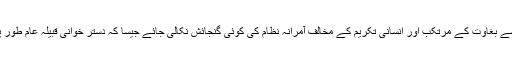
یاد رہے کہ جمہوریت کی اس شکل پر گفتگو کا یہ مطلب ہر گز نہیں کہ انسانی شعور سے بغاوت کے مرتکب اور انسانی تکریم کے مخالف آمرانہ نظام کی کوئی گنجائش نکالی جائے جیسا کہ دستر خوانی قبیلہ عام طور پر اس نوع کی حقیقی بحث کو آمریت سے تقابل میں بدلنے کی مکارانہ کوشش کرتا ہے۔